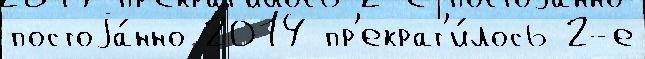
постоjа́нно 2014 пр'екрат'и́лось 2-е